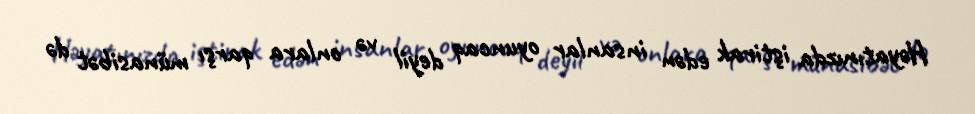
Həyatınızda iştirak edən insanlar oyuncaq deyil və onlara qarşı münasibət də